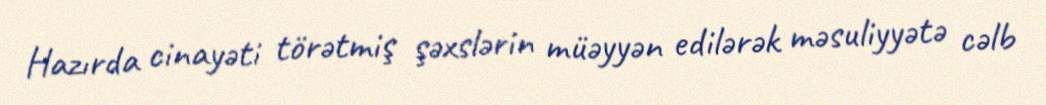
Hazırda cinayəti törətmiş şəxslərin müəyyən edilərək məsuliyyətə cəlb